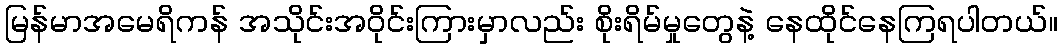
မြန်မာအမေရိကန် အသိုင်းအဝိုင်းကြားမှာလည်း စိုးရိမ်မှုတွေနဲ့ နေထိုင်နေကြရပါတယ်။